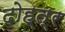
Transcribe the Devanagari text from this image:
दोह्त्र